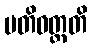
ပတိဝတ္တတိ